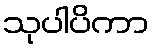
သုပါပိကာ